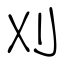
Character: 刈